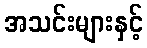
အသင်းများနှင့်